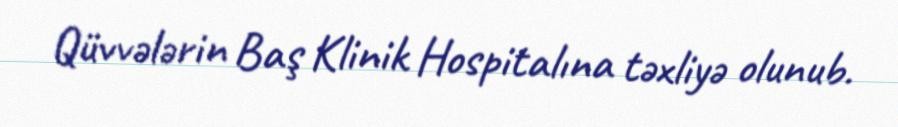
Qüvvələrin Baş Klinik Hospitalına təxliyə olunub.